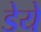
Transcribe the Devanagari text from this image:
डेये